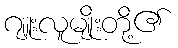
ဂျူးလူမျိုးတို့၏